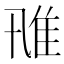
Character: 𨾑